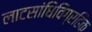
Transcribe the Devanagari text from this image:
लाटसांधिविग्रहिक